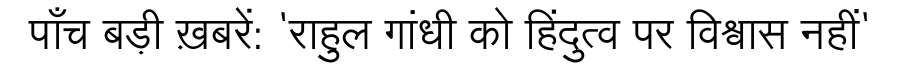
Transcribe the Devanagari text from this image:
पाँच बड़ी ख़बरें: 'राहुल गांधी को हिंदुत्व पर विश्वास नहीं'